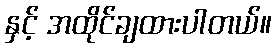
နှင့် အထိုင်ချထားပါတယ်။